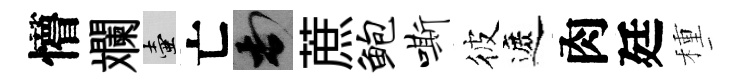
懵斕壺亡頓蔗鲍嘶彼遮肉廷種